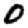
Digit: 0